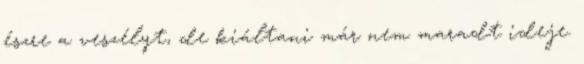
észre a veszélyt, de kiáltani már nem maradt ideje.